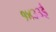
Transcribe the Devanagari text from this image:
१४३३ई